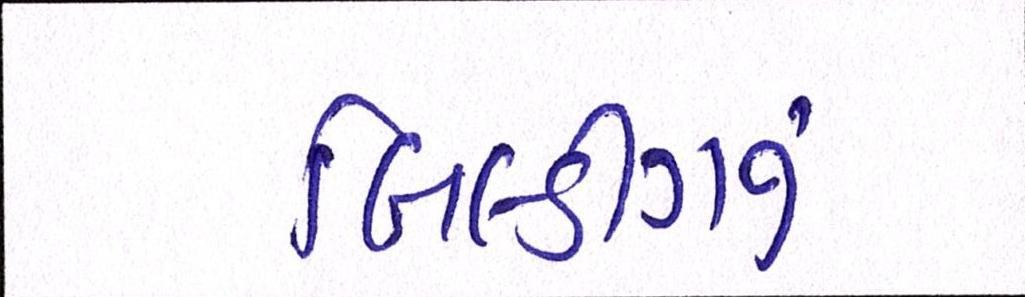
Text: બિલ્ડીંગનું